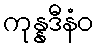
ကုန္နဒီနံဝ